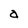
Character: a